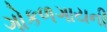
ગોકળગાયની